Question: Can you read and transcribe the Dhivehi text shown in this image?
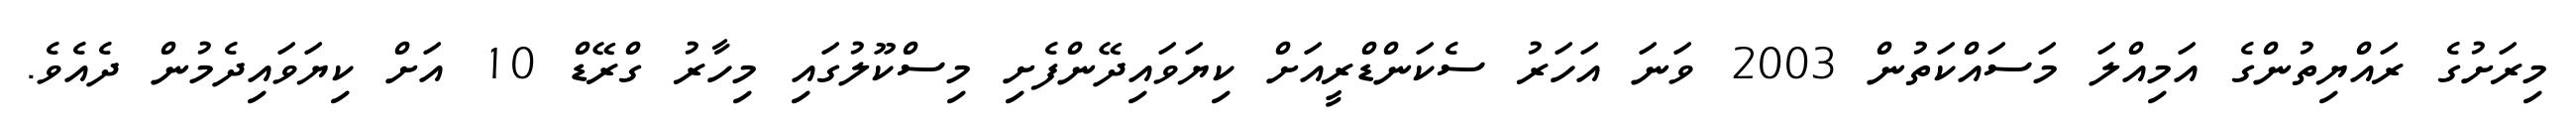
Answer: މިރަށުގެ ރައްޔިތުންގެ އަމިއްލަ މަސައްކަތުން 2003 ވަނަ އަހަރު ސެކަންޑްރީއަށް ކިޔަވައިދޭންފެށި މިސްކޫލުގައި މިހާރު ގްރޭޑް 10 އަށް ކިޔަވައިދެމުން ދެއެވެ.